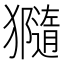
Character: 𤢩